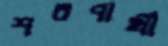
শরণার্থী